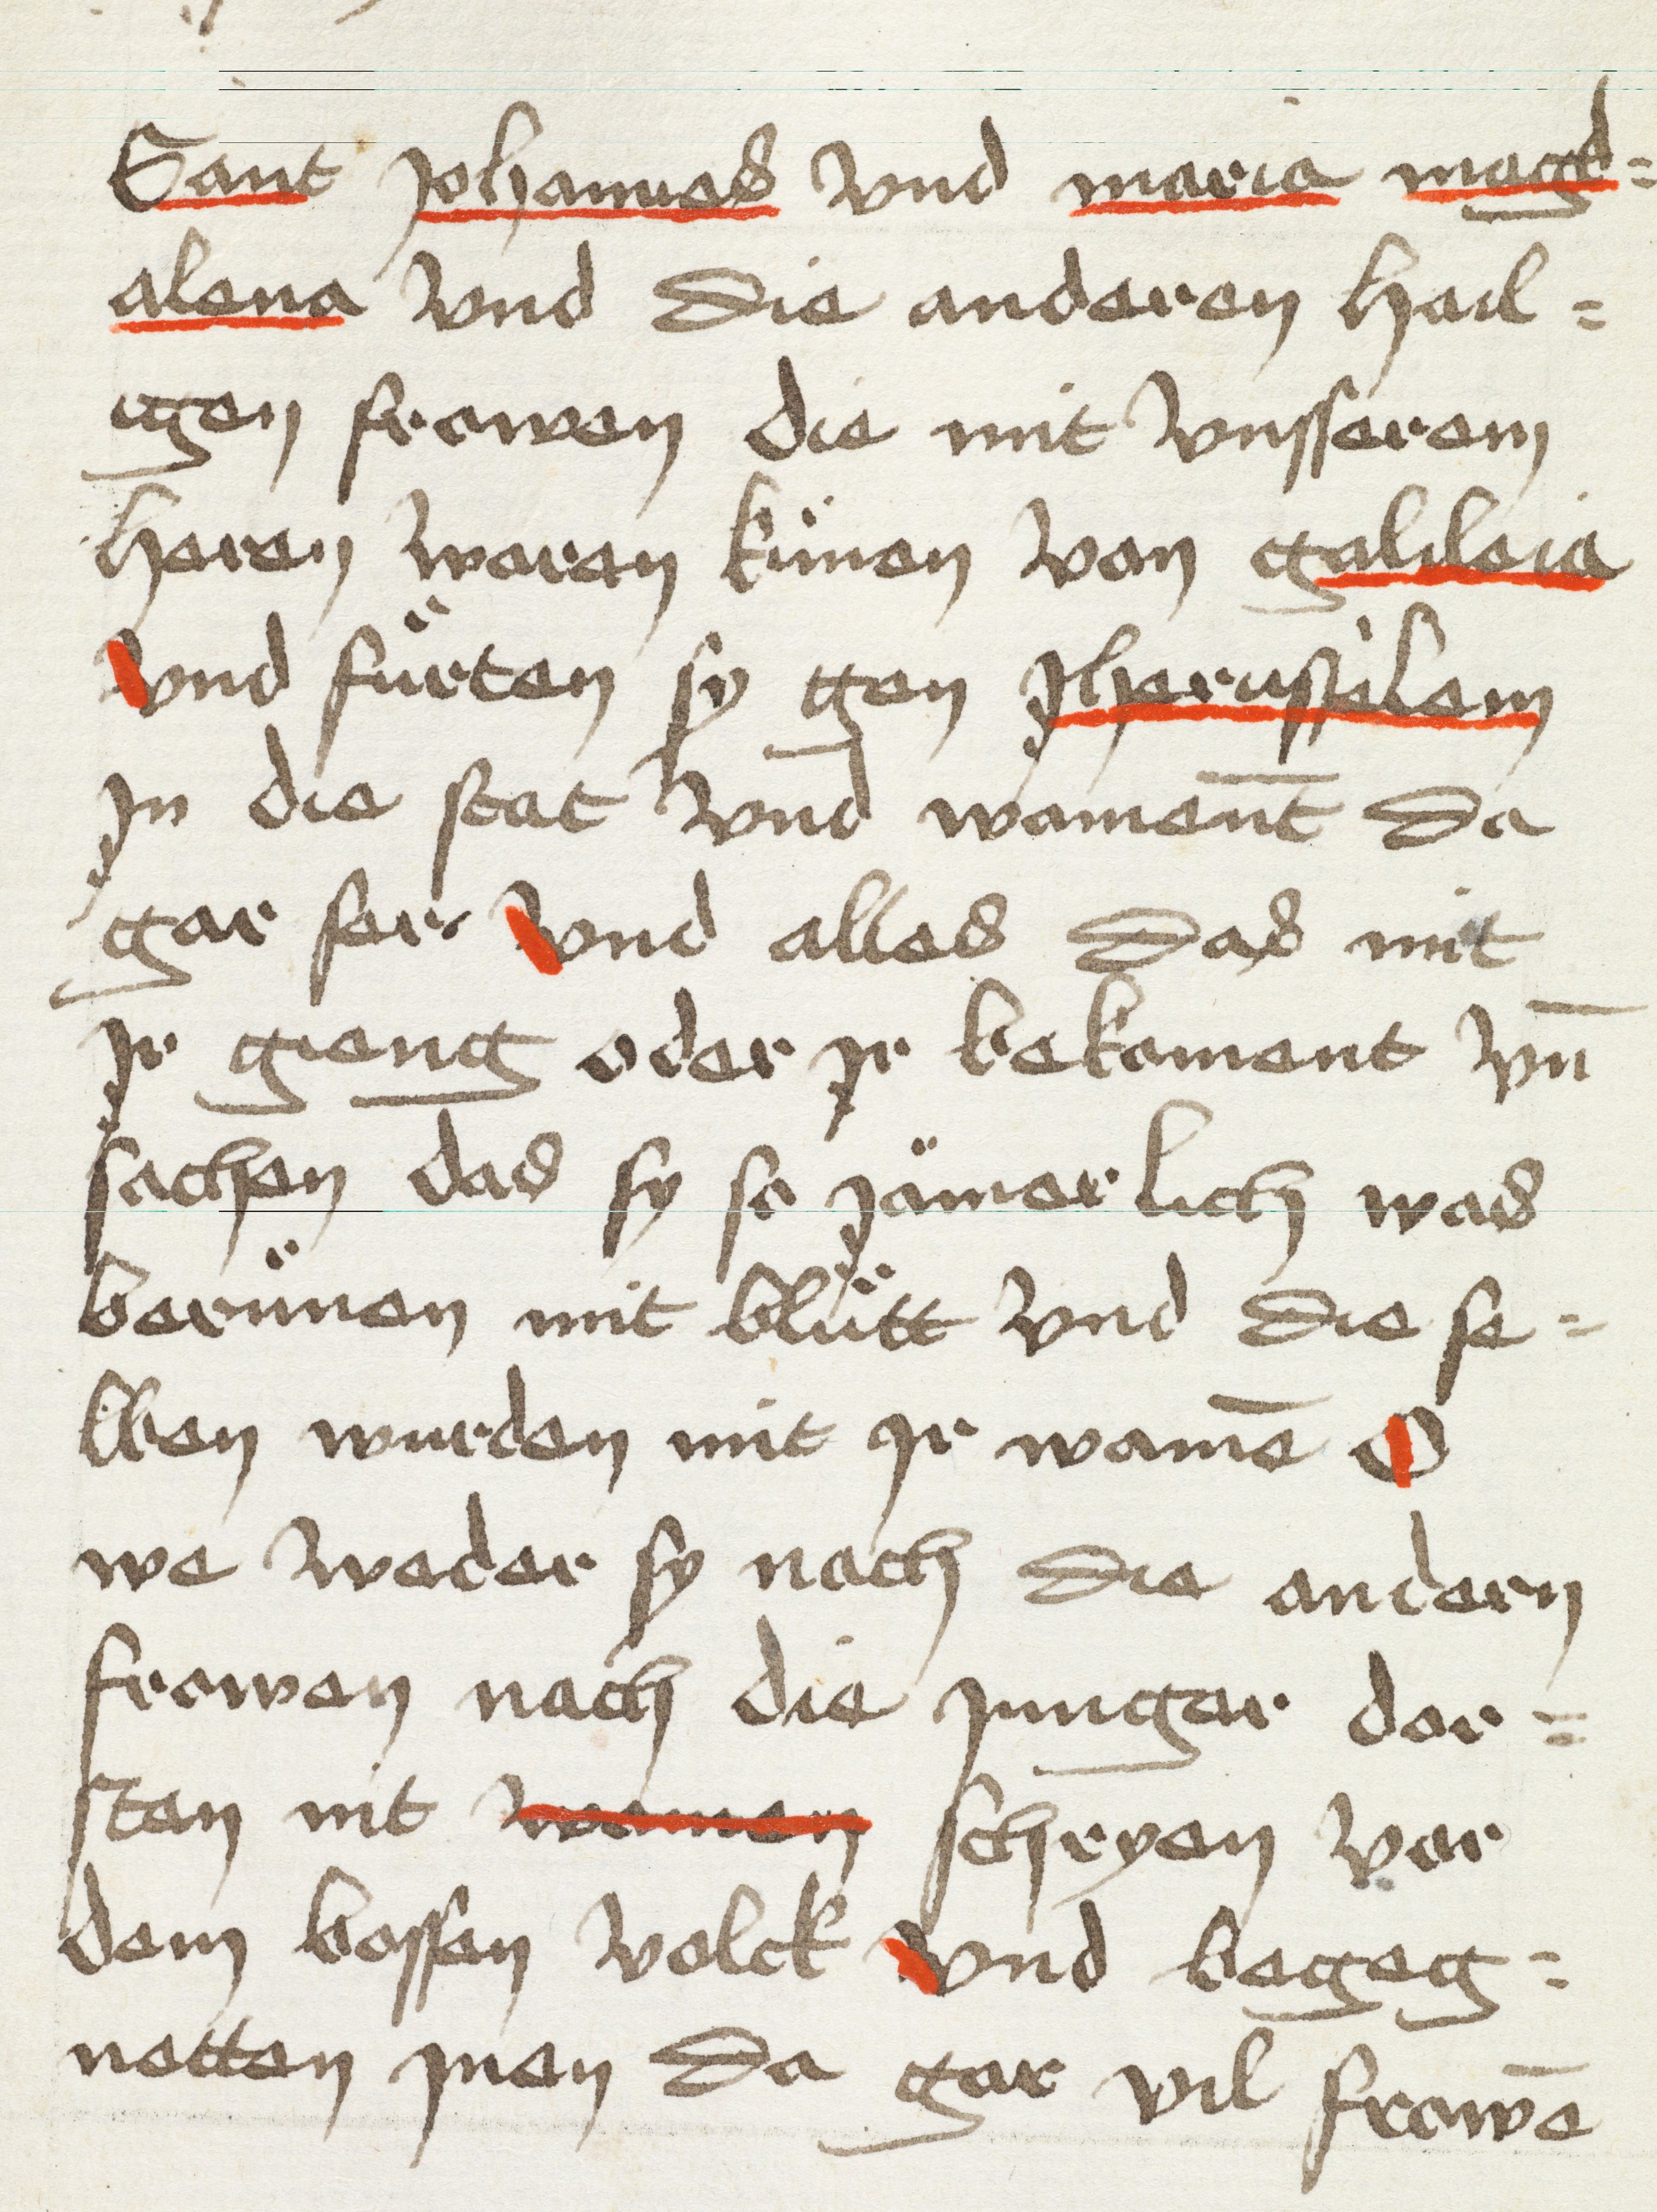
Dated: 1498–1498